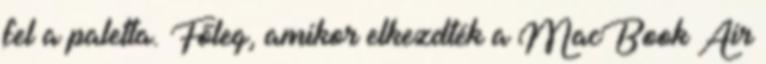
fel a paletta. Főleg, amikor elkezdték a MacBook Air